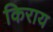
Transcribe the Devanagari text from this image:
किराय